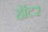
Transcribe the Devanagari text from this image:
हॉटर